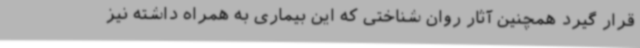
قرار گیرد همچنین آثار روان شناختی که این بیماری به همراه داشته نیز